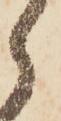
ら